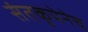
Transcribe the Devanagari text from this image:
संतकृपेनेच